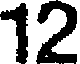
12